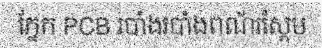
ភ្នែក PCB របាំងរបាំងពណ័រស្ពែម